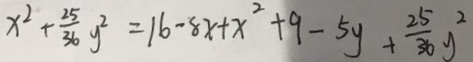
x ^ { 2 } + \frac { 2 5 } { 3 6 } y ^ { 2 } = 1 6 - 8 x + x ^ { 2 } + 9 - 5 y + \frac { 2 5 } { 3 6 } y ^ { 2 }